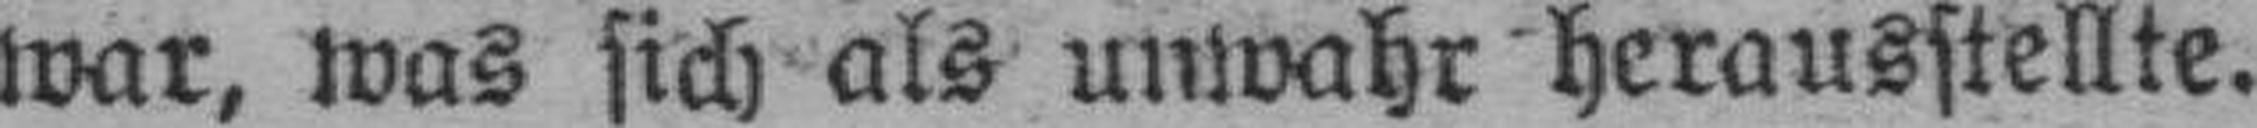
war, was sich als unwahr herausstellte.